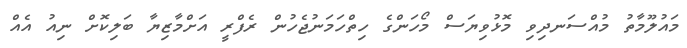
މައުލޫމާތު މުއްސަނދިވި މޮޅުވިޔަސް މޯހަންގެ ހިތްހަމަނުޖެހުން ރެފްރީ އަށްމާޒިޔާ ބަލިކޮށް ނިއު އެއް